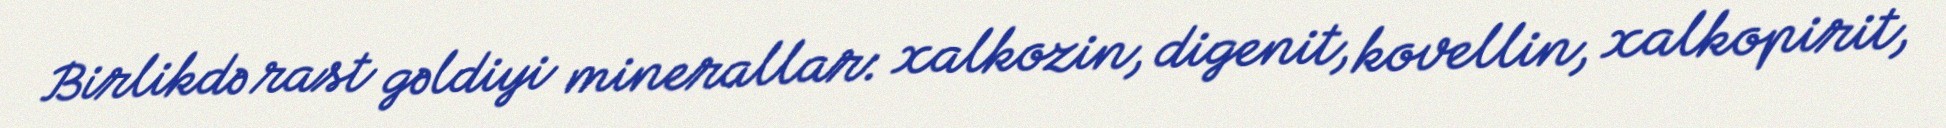
Birlikdə rast gəldiyi minerallar: xalkozin, digenit, kovellin, xalkopirit,